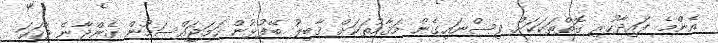
އެންމެ ފައިދާހުރި ގޮތްތަކަކަށް ވިސްނައިގެން މަޤާމުތަކަށް ޤާބިލު ބޭފުޅުން ހަމަޖައްސަމުން ގެންދާނެ ވާހަކަ